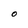
Character: O